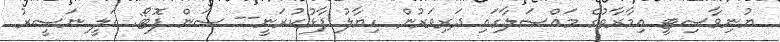
ޔުނިވާސިޓީ އިމާރާތުގެ މައްސަލާގައި ދަރިވަރުން ހިޔާލު ފާޅުކުރަނީ-- ސަން ފޮޓޯ: އަލީ ނަސީރު